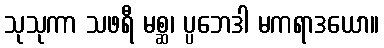
သုသုကာ သဖရီ မစ္ဆ၊ ပ္ပဘေဒါ မကရာဒယော။